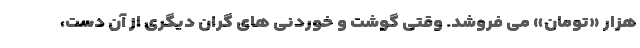
هزار «تومان» می فروشد. وقتی گوشت و خوردنی های گرانِ دیگری از آن دست،